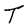
Character: T